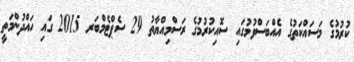
ކުރުމުގެ މަސައްކަތުގެ އެއްބަސްވުމުގައި ސޮއިކުރުމުގެ ރަސްމިއްޔާތު 29 ސެޕްޓެމްބަރ 2015 ގައި ހައްދުންމަތީ